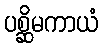
ပစ္ဆိမကာယံ